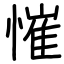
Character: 慛